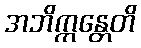
အဘိက္ကန္တေတိ